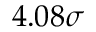
4 . 0 8 \sigma